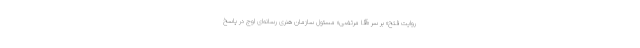
روایت فتح» بر سر «آقا مرتضی» مسئول سازمان هنری رسانه‌ای اوج در پاسخ